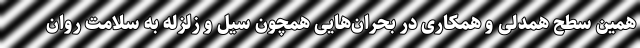
همین سطح همدلی و همکاری در بحران‌هایی همچون سیل و زلزله به سلامت روان